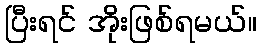
ပြီးရင် အိုးဖြစ်ရမယ်။